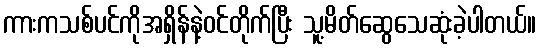
ကားကသစ်ပင်ကိုအရှိန်နဲ့ဝင်တိုက်ပြီး သူ့မိတ်ဆွေသေဆုံးခဲ့ပါတယ်။